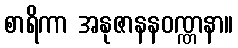
စာရိကာ အနုဇာနနဝဏ္ဏနာ။